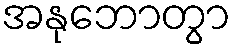
အနုဘောတွာ